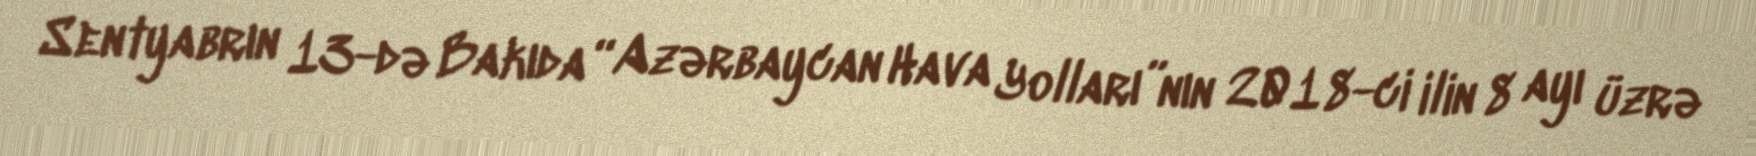
Sentyabrın 13-də Bakıda “Azərbaycan Hava Yolları”nın 2018-ci ilin 8 ayı üzrə